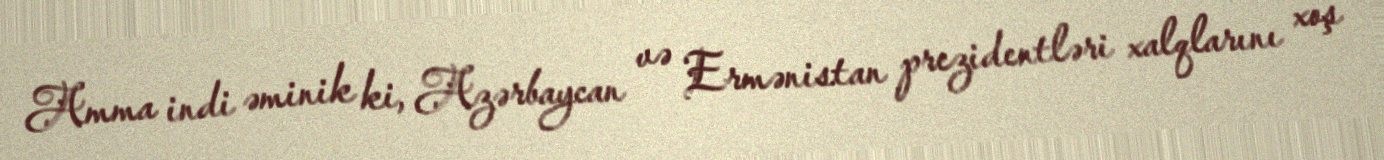
Amma indi əminik ki, Azərbaycan və Ermənistan prezidentləri xalqlarını xoş